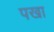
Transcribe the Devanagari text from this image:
पखा